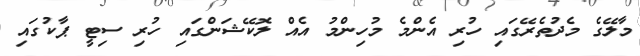
މާލޭގެ މެދުތެރޭގައި ހުރި އެންމެ މުހިންމު އެއް ލޮކޭޝަންގައި ހުރި ސިޓީ ޕާކުގައި